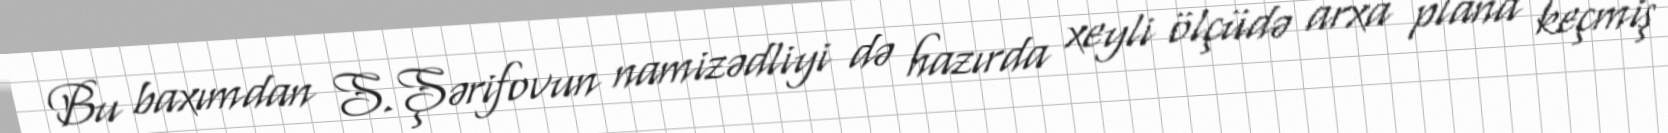
Bu baxımdan S.Şərifovun namizədliyi də hazırda xeyli ölçüdə arxa plana keçmiş